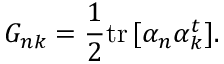
G _ { n k } = { \frac { 1 } { 2 } } \mathrm { t r } \, [ \alpha _ { n } \alpha _ { k } ^ { t } ] .